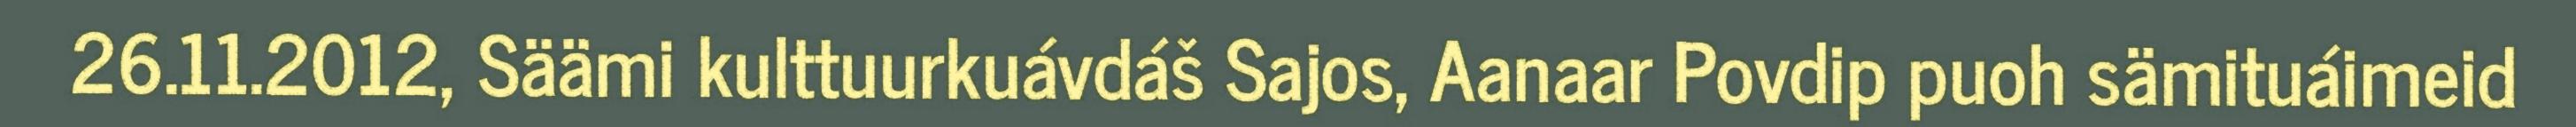
26.11.2012, Säämi kulttuurkuávdáš Sajos, Aanaar Povdip puoh sämituáimeid